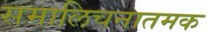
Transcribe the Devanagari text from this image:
समालिचनातमक